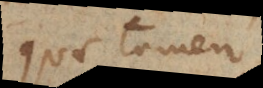
quae tamen